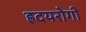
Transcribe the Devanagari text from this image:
ह्रदयरोगी